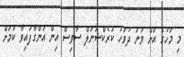
މި މަހުގެ އަށް ވަނަ ދުވަހު ކަރެކްޝަނަލް ސާވިސް އިން އަންގާފައިވާ ކަމަށް